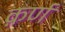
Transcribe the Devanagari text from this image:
क़र्ण